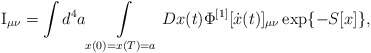
\begin{align*}{\rm I}_{\mu \nu}=\int{d^4 a\int\limits_{x(0)= x(T)= a}{Dx(t)}}\Phi^{[1]}[\dot x(t)]_{\mu\nu} \exp\{- S[x]\},\end{align*}